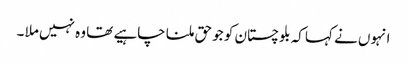
انہوں نے کہا کہ بلوچستان کو جو حق ملنا چاہیے تھا وہ نہیں ملا ۔